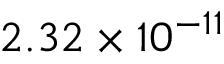
2 . 3 2 \times 1 0 ^ { - 1 1 }